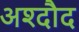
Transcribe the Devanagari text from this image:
अश्दौद